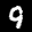
Label: 9